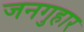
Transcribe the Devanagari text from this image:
जनगुहार